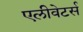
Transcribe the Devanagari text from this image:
एलीवेटर्स